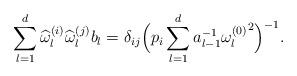
LaTeX: \begin{align*}\sum_{l=1}^d\widehat{\omega}_l^{(i)} \widehat{\omega}_l^{(j)}b_l = \delta_{ij}\Big (p_i\sum_{l=1}^da_{l-1}^{-1}{\omega_l^{(0)}}^2\Big )^{-1}. \end{align*}